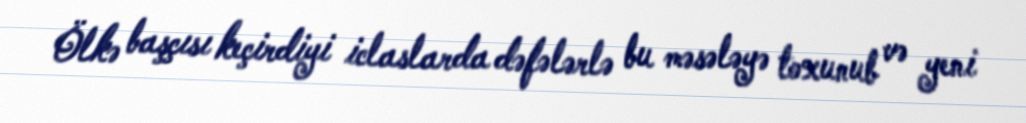
Ölkə başçısı keçirdiyi iclaslarda dəfələrlə bu məsələyə toxunub və yeni